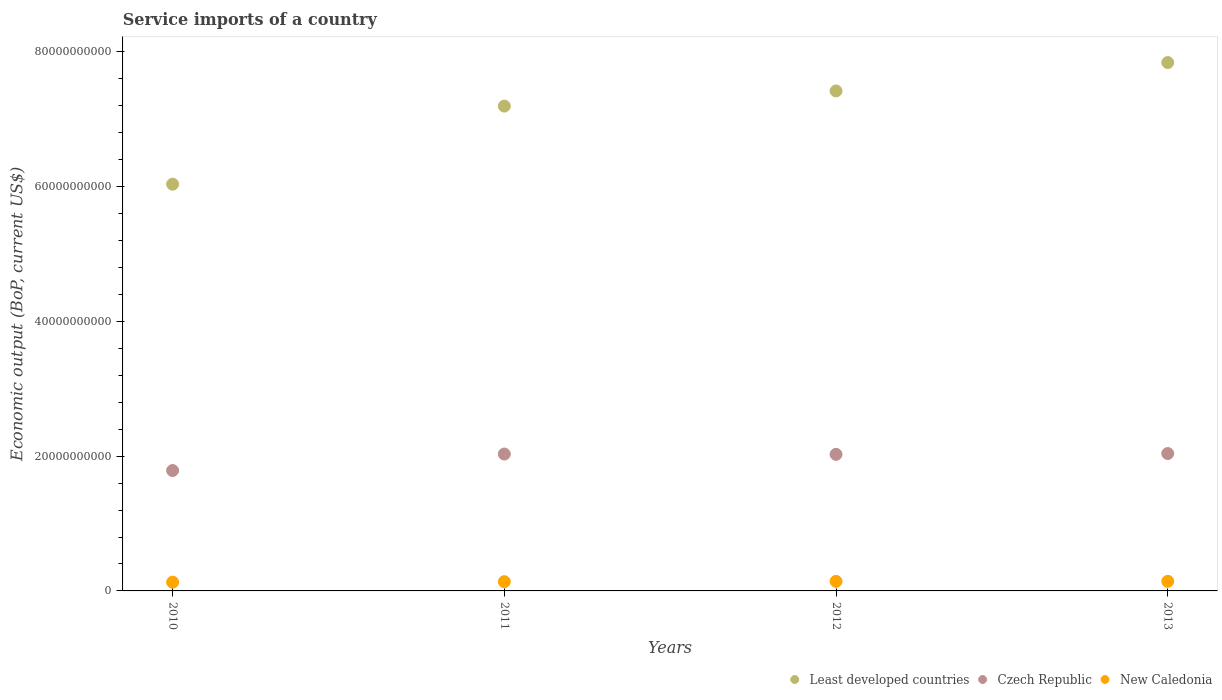
| Years | Least developed countries | Czech Republic | New Caledonia |
 | --- | --- | --- | --- |
 | 2010 | 6.04e+10 | 1.79e+10 | 1.3e+09 |
 | 2011 | 7.19e+10 | 2.03e+10 | 1.37e+09 |
 | 2012 | 7.42e+10 | 2.03e+10 | 1.42e+09 |
 | 2013 | 7.84e+10 | 2.04e+10 | 1.42e+09 |